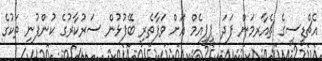
އެޗްޑީސީގެ ޗެއާރމަން ފަދަ ޕީޕީއެމް އަށް ވަފާތެރި ބޭފުޅުން ސަރުކާރުގެ ކުންފުނި ތަކުގެ